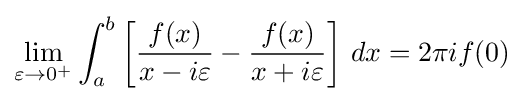
\lim _{\varepsilon \to 0^{+}}\int _{a}^{b}\left[{\frac {f(x)}{x-i\varepsilon }}-{\frac {f(x)}{x+i\varepsilon }}\right]\,dx=2\pi if(0)